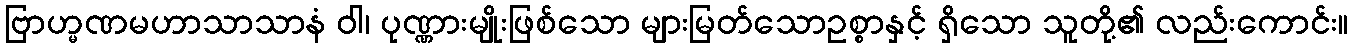
ဗြာဟ္မဏမဟာသာသာနံ ဝါ၊ ပုဏ္ဏားမျိုးဖြစ်သော များမြတ်သောဥစ္စာနှင့် ရှိသော သူတို့၏ လည်းကောင်း။